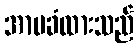
အာမခံထားသည်